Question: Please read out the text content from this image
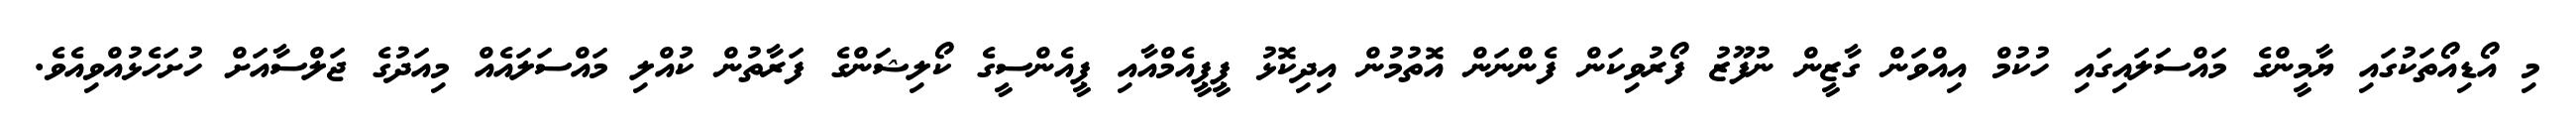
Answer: މި އޯޑިއޯތަކުގައި ޔާމީންގެ މައްސަލައިގައި ހުކުމް އިއްވަން ގާޒީން ނުފޫޒު ފޯރުވިކަން ފެންނަން އޮތުމުން އިދިކޮޅު ޕީޕީއެމްއާއި ޕީއެންސީގެ ކޯލިޝަންގެ ފަރާތުން ކުއްލި މައްސަލައެއް މިއަދުގެ ޖަލްސާއަށް ހުށަހެޅުއްވިއެވެ.